King Institute of Preventive Medicine Micro-Biological Section reports 1909-11
Year: 1909
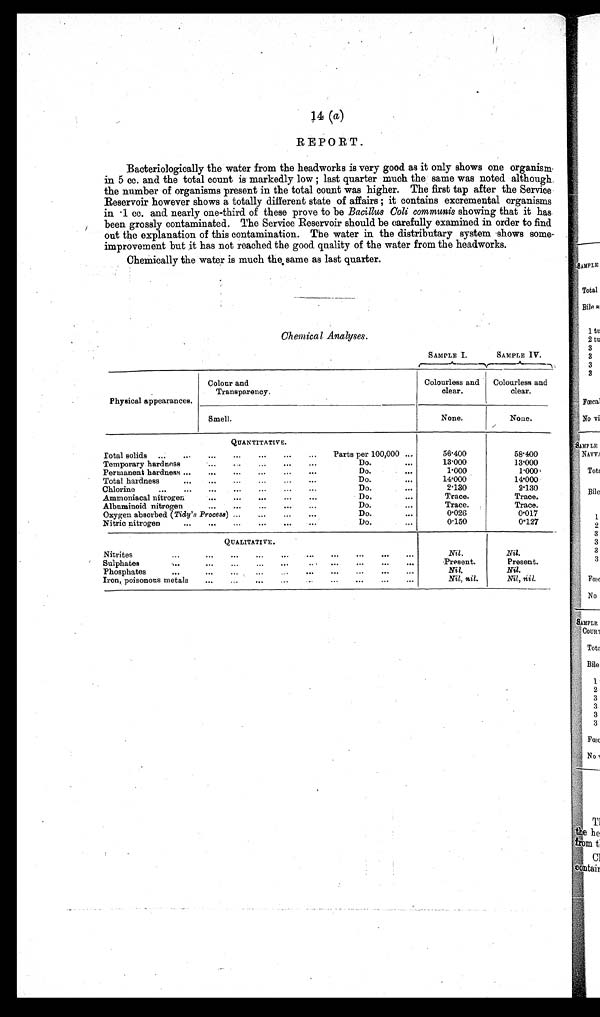
14 (a)
REPORT.
Bacteriologically the water from the headworks is very good as it only shows one organism
in 5 cc. and the total count is markedly low ; last quarter much the same was noted although
the number of organisms present in the total count was higher. The first tap after the Service
Reservoir however shows a totally different state of affairs ; it contains excremental organisms
in 1 cc. and nearly one-third of these prove to be Bacillus Coli communis showing that it has
been grossly contaminated. The Service Reservoir should be carefully examined in order to find
out the explanation of this contamination. The water in the distributary system shows some-
improvement but it has not reached the good quality of the water from the headworks.
Chemically the water is much the, same as last quarter.
Chemical Analyses.
SAMPLE I.
SAMPLE IV.
Physical appearances.
Colour and
Transparency.
Colourless and
clear.
Colourless and
clear.
Smell.
None.
None.
QUANTITATIVE.
Total solids ... ... ... ...
... ... ... Parts per 100,000 ...
56.400
58.400
Temporary hardness
. . .
. . .
. . .
... ...
Do.
. . .
13.000
13.000
Permanent hardness ...
... ... ...
...
. . .
Do.
. . .
1.000
1.000
Total hardness
... ... ...
...
... ...
D o .
. . .
1 4 . 0 0 0
14. 000
Chlorine
...
... ... ... ...
. . .
Do.
...
2.130
2.130
Ammoniacal nitrogen
. . .
. . .
. . .
... ...
Do.
. . .
Trace.
Trace.
Albuminoid nitrogen
...
. . . . . .
. . .
...
D o .
. . .
T r a c e .
Tr ace.
Oxygen absorbed ( Tidy's Process)
. . .
...
. . .
Do.
. . . 0. 026
0.017
Nitric nitrogen
...
. . .
...
. . .
. . . . . .
Do.
. . .
0.150
0.127
QUALITATIVE.
Nitrite
...
. . . . . .
...
. . . . . .
. . .
. . .
. . .
N i l .
N i l .
Sulphates
...
. . .
. . .
. . .
. . . . . .
...
. . .
. . . . . .
P r e s e n t .
P r e s e n t .
Phosphates
...
. . .
. . .
. . .
. . .
. . .
...
. . .
. . .
. . .
Nil.
Nil.
Iron, poisonous metals
. . .
... ... ...
. . .
. . .
...
. . .
...
Nil, nil.
Nil, nil